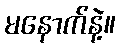
မနောက်နဲ့။